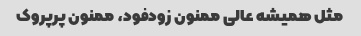
مثل همیشه عالی ممنون زودفود، ممنون پرپروک